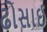
ઢોસાઈ